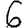
Digit: 6